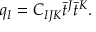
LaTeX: q _ { I } = C _ { I J K } \bar { t } ^ { J } \bar { t } ^ { K } .